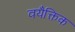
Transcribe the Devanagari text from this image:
वयैक्तिक